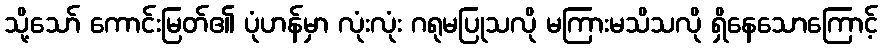
သို့သော် ကောင်းမြတ်၏ ပုံဟန်မှာ လုံးလုံး ဂရုမပြုသလို မကြားမသိသလို ရှိနေသောကြောင့်